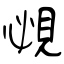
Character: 覕